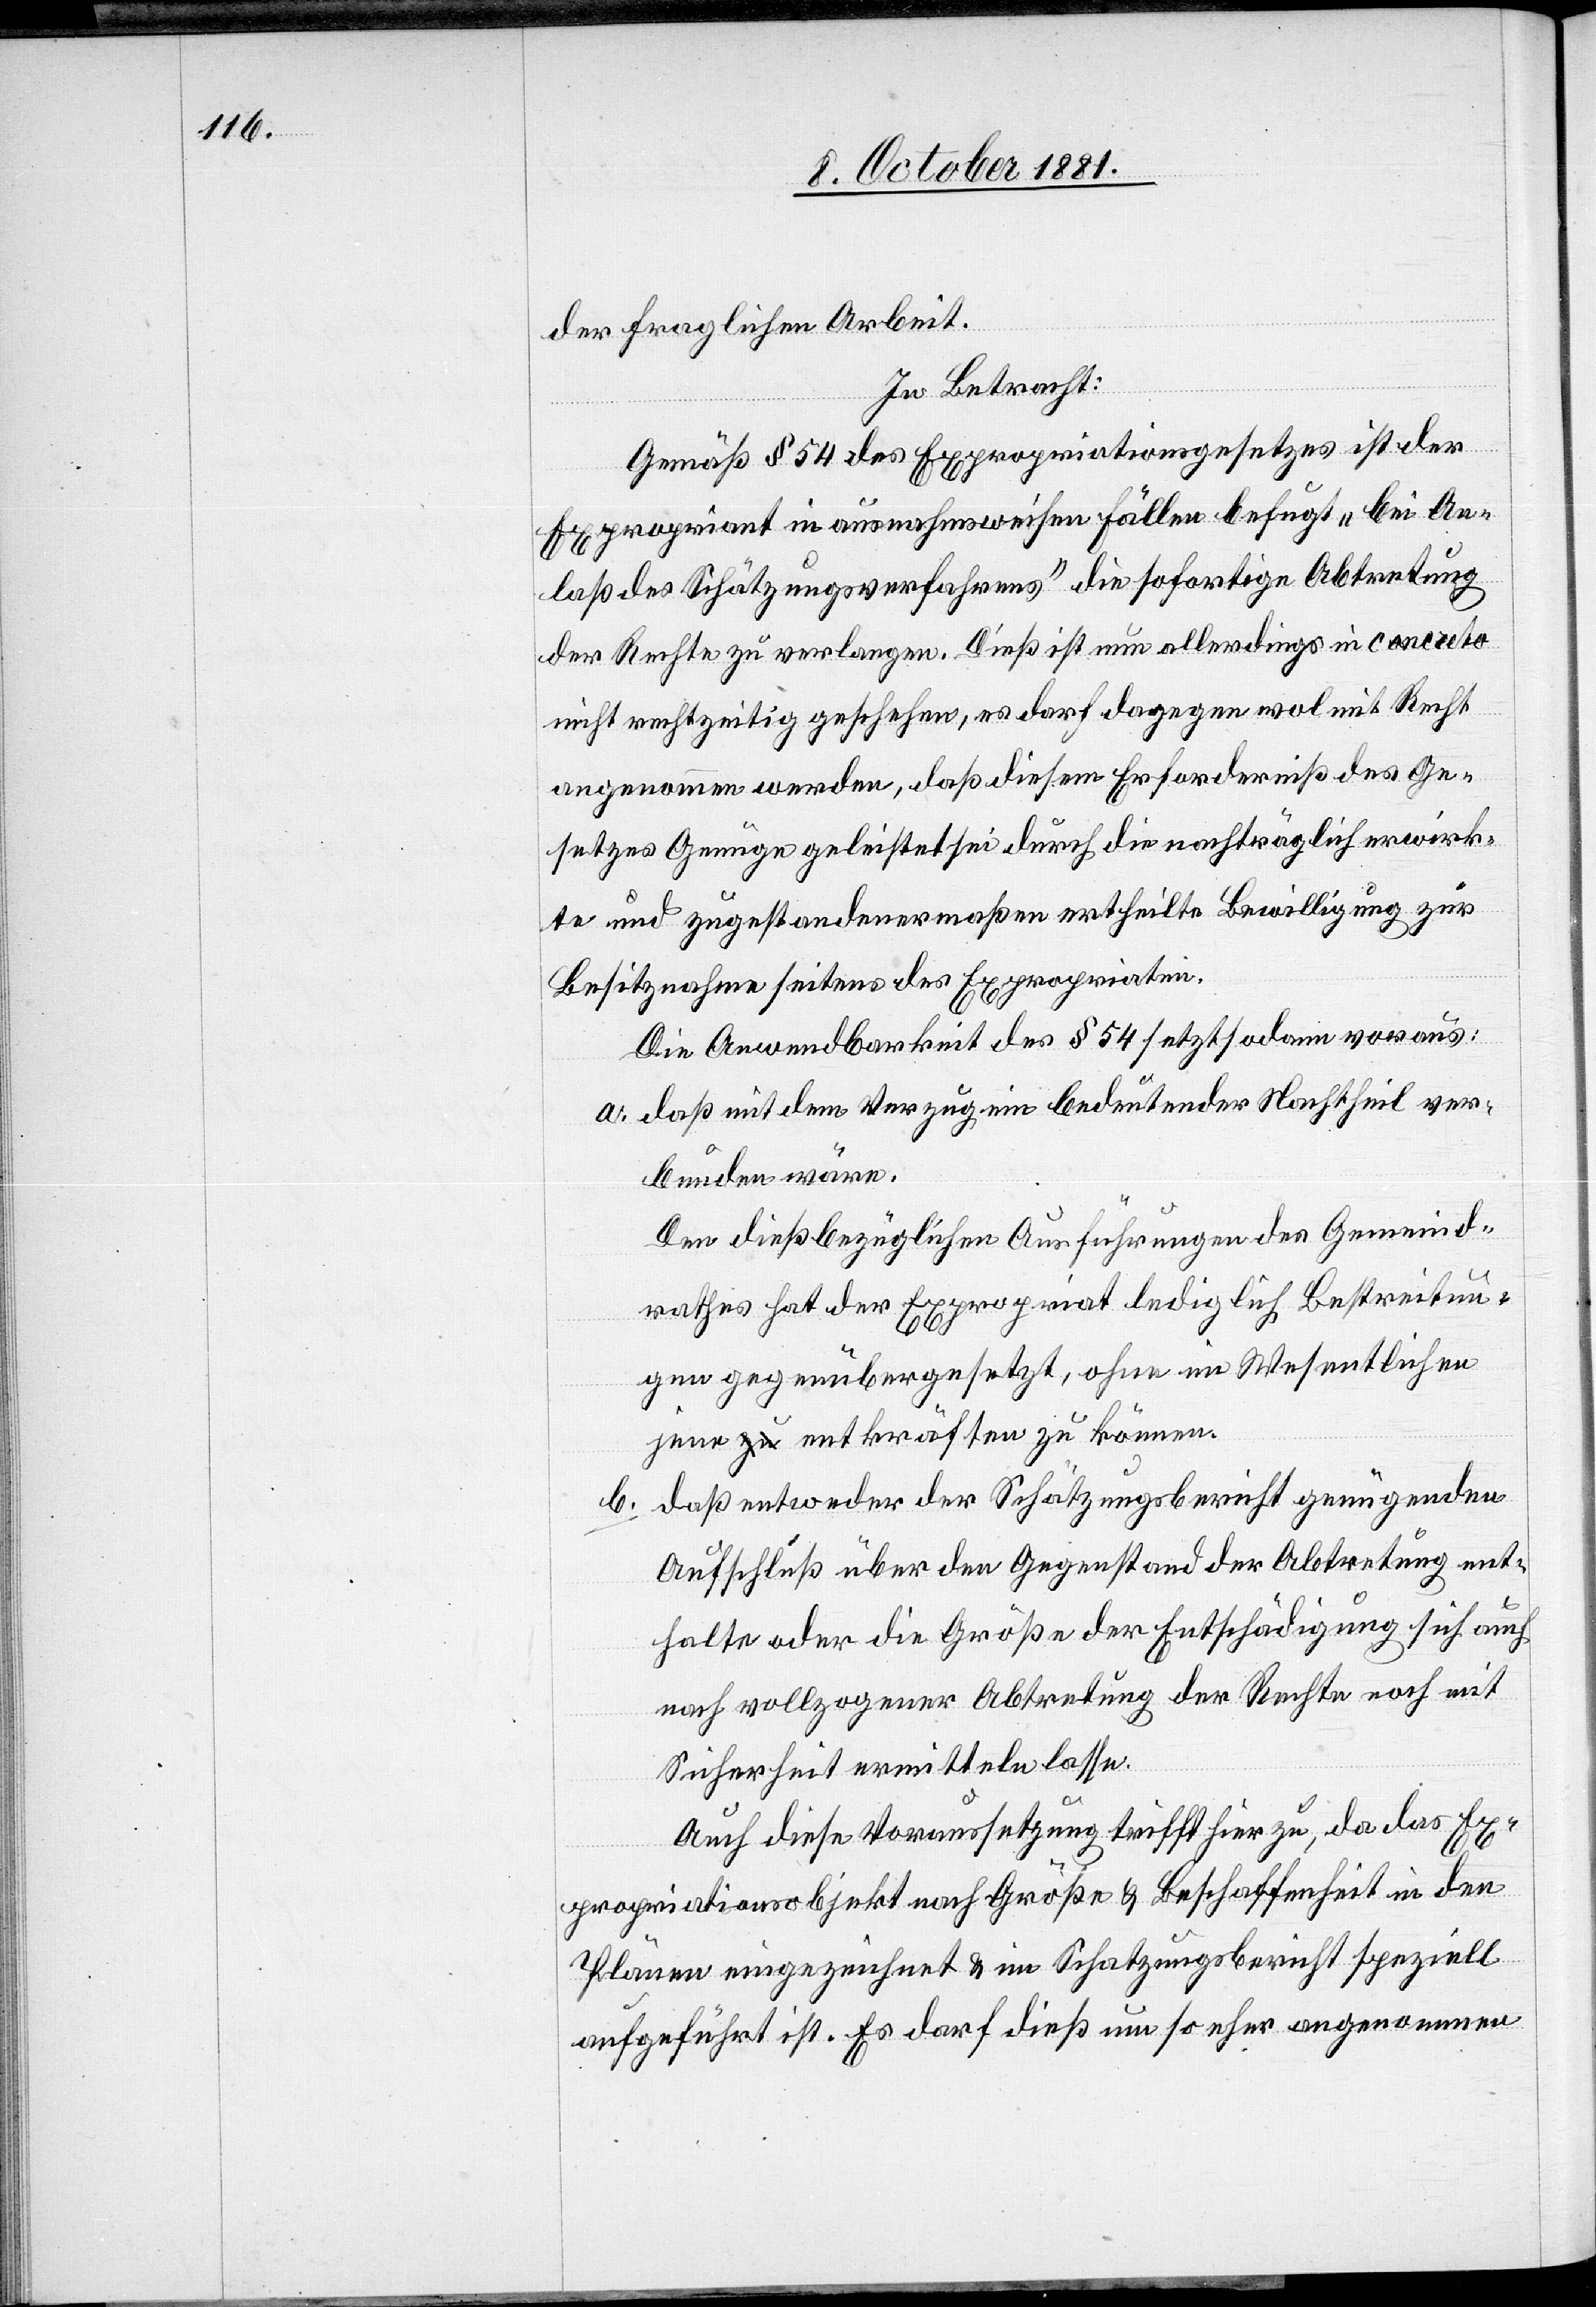
der fraglichen Arbeit.
In Betracht:
Gemäß § 54 des Expropriationsgesetzes ist der
Expropriant in ausnahmsweisen Fällen befugt „bei An¬
laß des Schätzungsverfahrens“ die sofortige Abtretung
der Rechte zu verlangen. Dieß ist nun allerdings in concreto
nicht rechtzeitig geschehen, es darf dagegen wol mit Recht
angenommen werden, daß diesem Erforderniß des Ge¬
setzes Genüge geleistet sei durch die nachträglich erwirk¬
te und zugestandenermaßen ertheilte Bewilligung zur
Besitznahme seitens des Expropriaten.
Die Anwendbarkeit des § 54 setzt sodann voraus:
a. daß mit dem Verzug ein bedeutender Nachtheil ver¬
bunden wäre.
Den dießbezüglichen Ausführungen des Gemeind¬
rathes hat der Expropriat lediglich Bestreitun¬
gen gegenübergesetzt, ohne im Wesentlichen
jene entkräften zu können.
b. daß entweder der Schätzungsbericht genügenden
Aufschluß über den Gegenstand der Abtretung ent¬
halte oder die Größe der Entschädigung sich auch
nach vollzogener Abtretung der Rechte noch mit
Sicherheit ermitteln lasse.
Auch diese Voraussetzung trifft hier zu, da das Ex¬
propriationsobjekt nach Größe & Beschaffenheit in den
Plänen eingezeichnet & im Schatzungsbericht speziell
aufgeführt ist. Es darf dieß um so eher angenommen